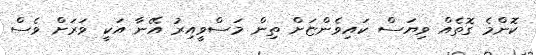
ކޮންމެ ގޮތެއް ވިޔަސް ކައިވެންޏަށް ތިން މަސްވީއިރު އޭނާ އަކީ ވަރަށް ވެސް